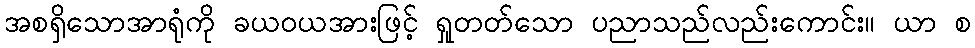
အစရှိသောအာရုံကို ခယဝယအားဖြင့် ရှုတတ်သော ပညာသည်လည်းကောင်း။ ယာ စ